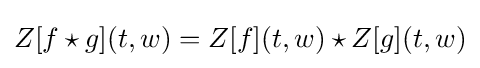
Z[f\star g](t,w)=Z[f](t,w)\star Z[g](t,w)